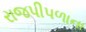
રાજપીપળાના